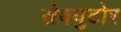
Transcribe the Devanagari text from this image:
सेक्युटोर